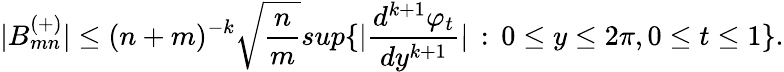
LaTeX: |B_{mn}^{(+)}|\leq(n+m)^{-k}\sqrt{{\frac{n}{m}}}sup\{ |{\frac{d^{k+1}\varphi_{t}}{dy^{k+1}}}|\, :\, 0\leq y\leq 2\pi,0\leq t\leq 1\} .